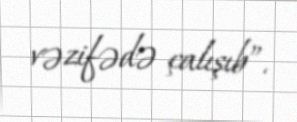
vəzifədə çalışıb”.